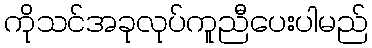
ကိုသင်အခုလုပ်ကူညီပေးပါမည်